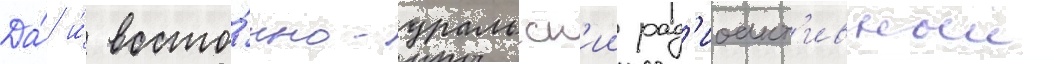
Да́ и́ восто́чно-уральск'ии рад'иоакт'ивныи